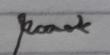
Signature authenticity: genuine